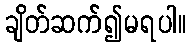
ချိတ်ဆက်၍မရပါ။